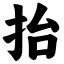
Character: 抬